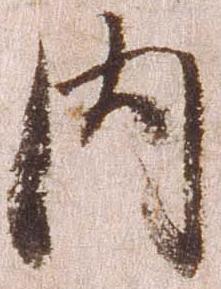
内